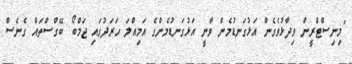
"މިނިސްޓްރީން ވިދާޅުވެގެން އަޅުގަނޑުމެން ވާނީ އަޅުގަނޑުމެންގެ އަމިއްލަ ހަރަދުގައި ޖަމްބޯ ބޭގްސްތައް ގެނެސް